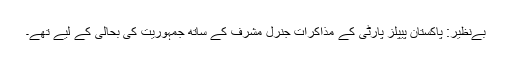
بےنظیر: پاکستان پیپلز پارٹی کے مذاکرات جنرل مشرف کے ساتھ جمہوریت کی بحالی کے لیے تھے۔